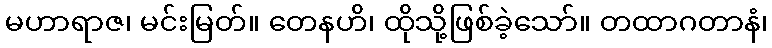
မဟာရာဇ၊ မင်းမြတ်။ တေနဟိ၊ ထိုသို့ဖြစ်ခဲ့သော်။ တထာဂတာနံ၊